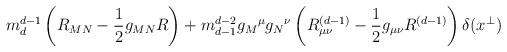
LaTeX: \begin{align*}m_d^{d-1}\left(R_{MN}-\frac{1}{2}g_{MN}R\right)+m_{d-1}^{d-2}g_M{}^\mu g_N{}^\nu\left(R^{(d-1)}_{\mu\nu}-\frac{1}{2}g_{\mu\nu}R^{(d-1)}\right)\delta(x^\perp)\end{align*}